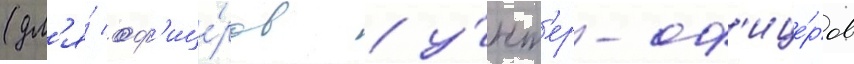
(дл'я́ оф'ице́ров / у́нт'ер-оф'ице́ров